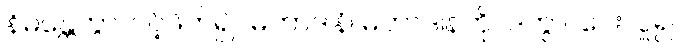
နိမန္တေတွာ၊ ပင့်ဖိတ်၍။ မဟာဒါနံ၊ မဟာဒါနကို။ ဒတွာ၊ ပေးလှူ၍။